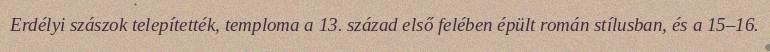
Erdélyi szászok telepítették, temploma a 13. század első felében épült román stílusban, és a 15–16.